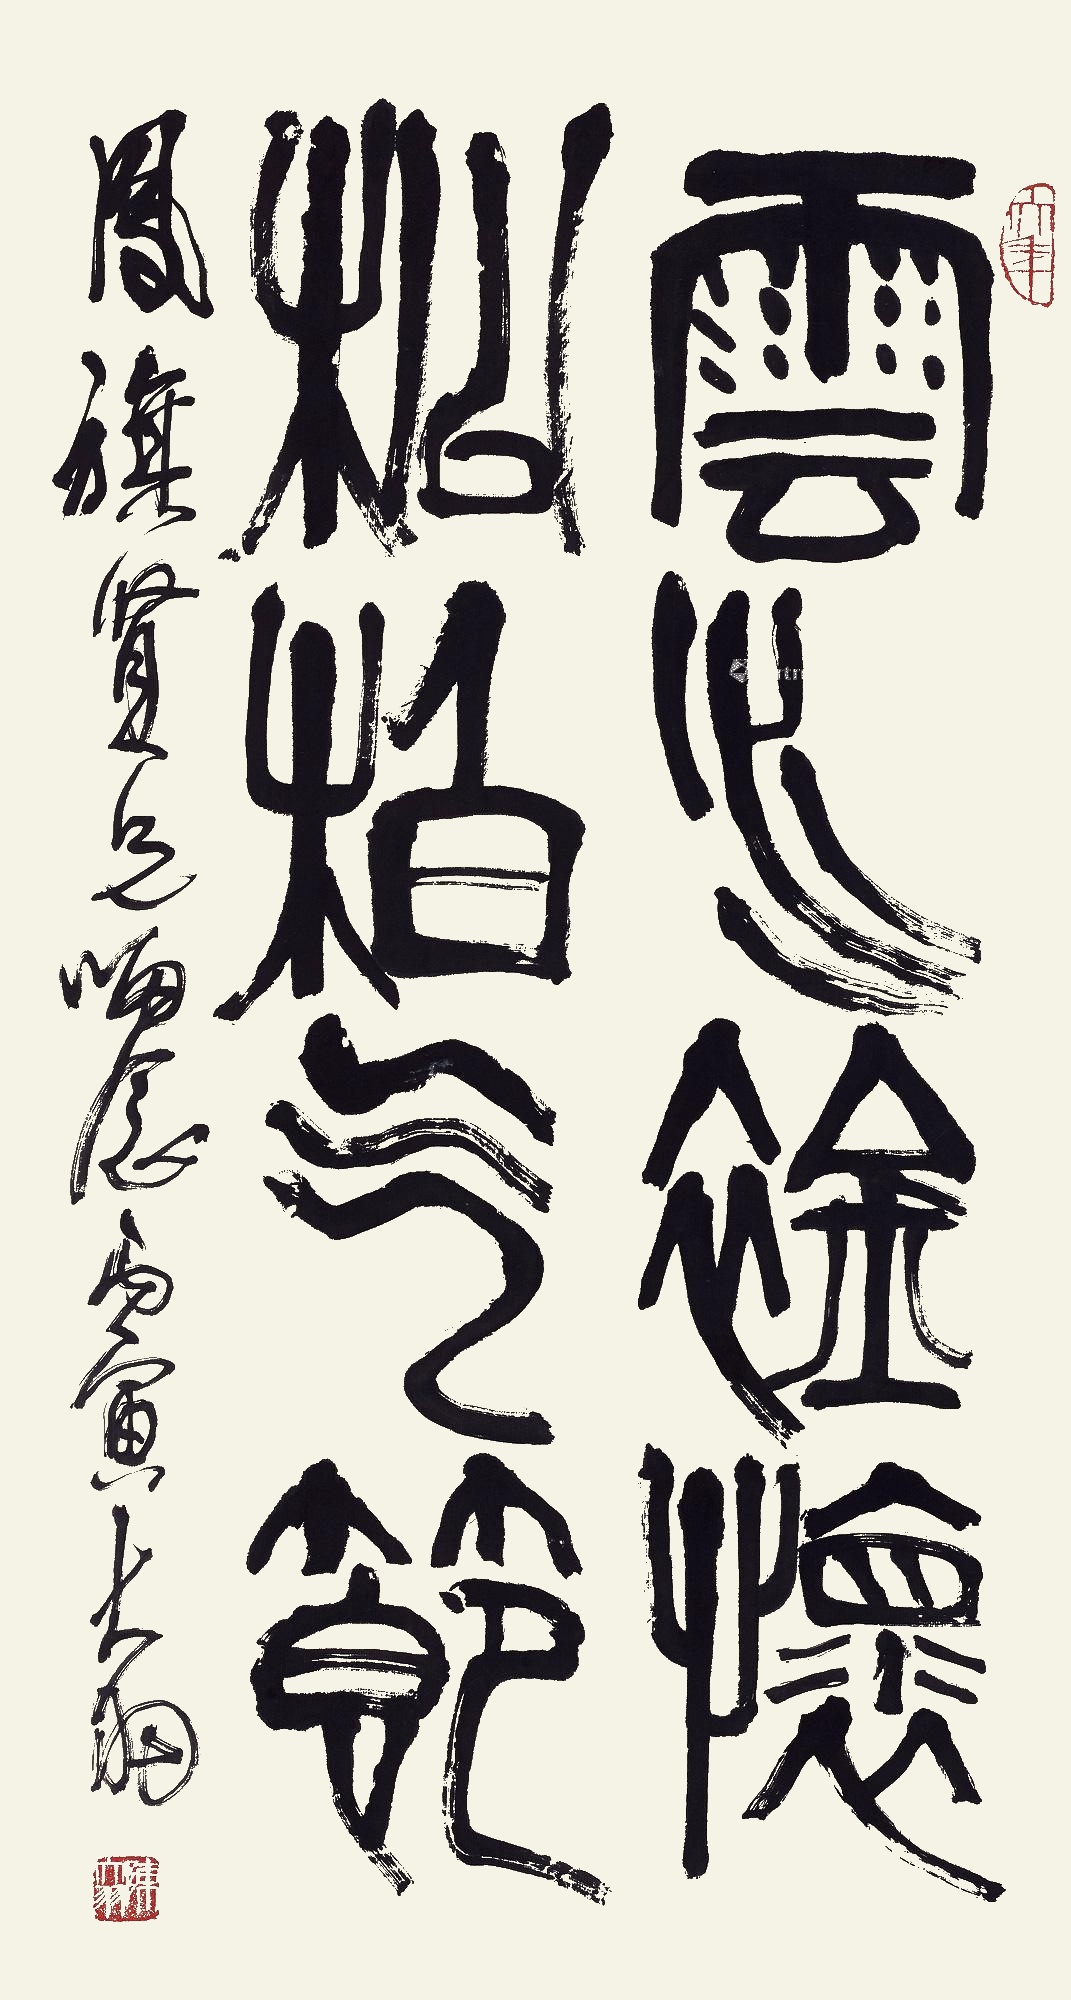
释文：云水襟怀，松柏气节。凤旗贤兄留念，丙寅大羽。